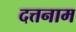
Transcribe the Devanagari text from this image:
दत्तनाम